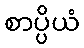
စာပ္ပိယံ